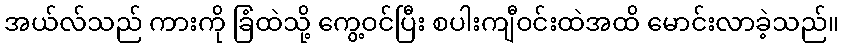
အယ်လ်သည် ကားကို ခြံထဲသို့ ကွေ့ဝင်ပြီး စပါးကျီဝင်းထဲအထိ မောင်းလာခဲ့သည်။